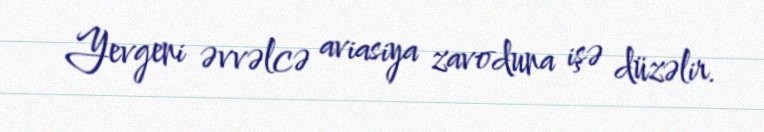
Yevgeni əvvəlcə aviasiya zavoduna işə düzəlir.